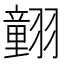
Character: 𦒍